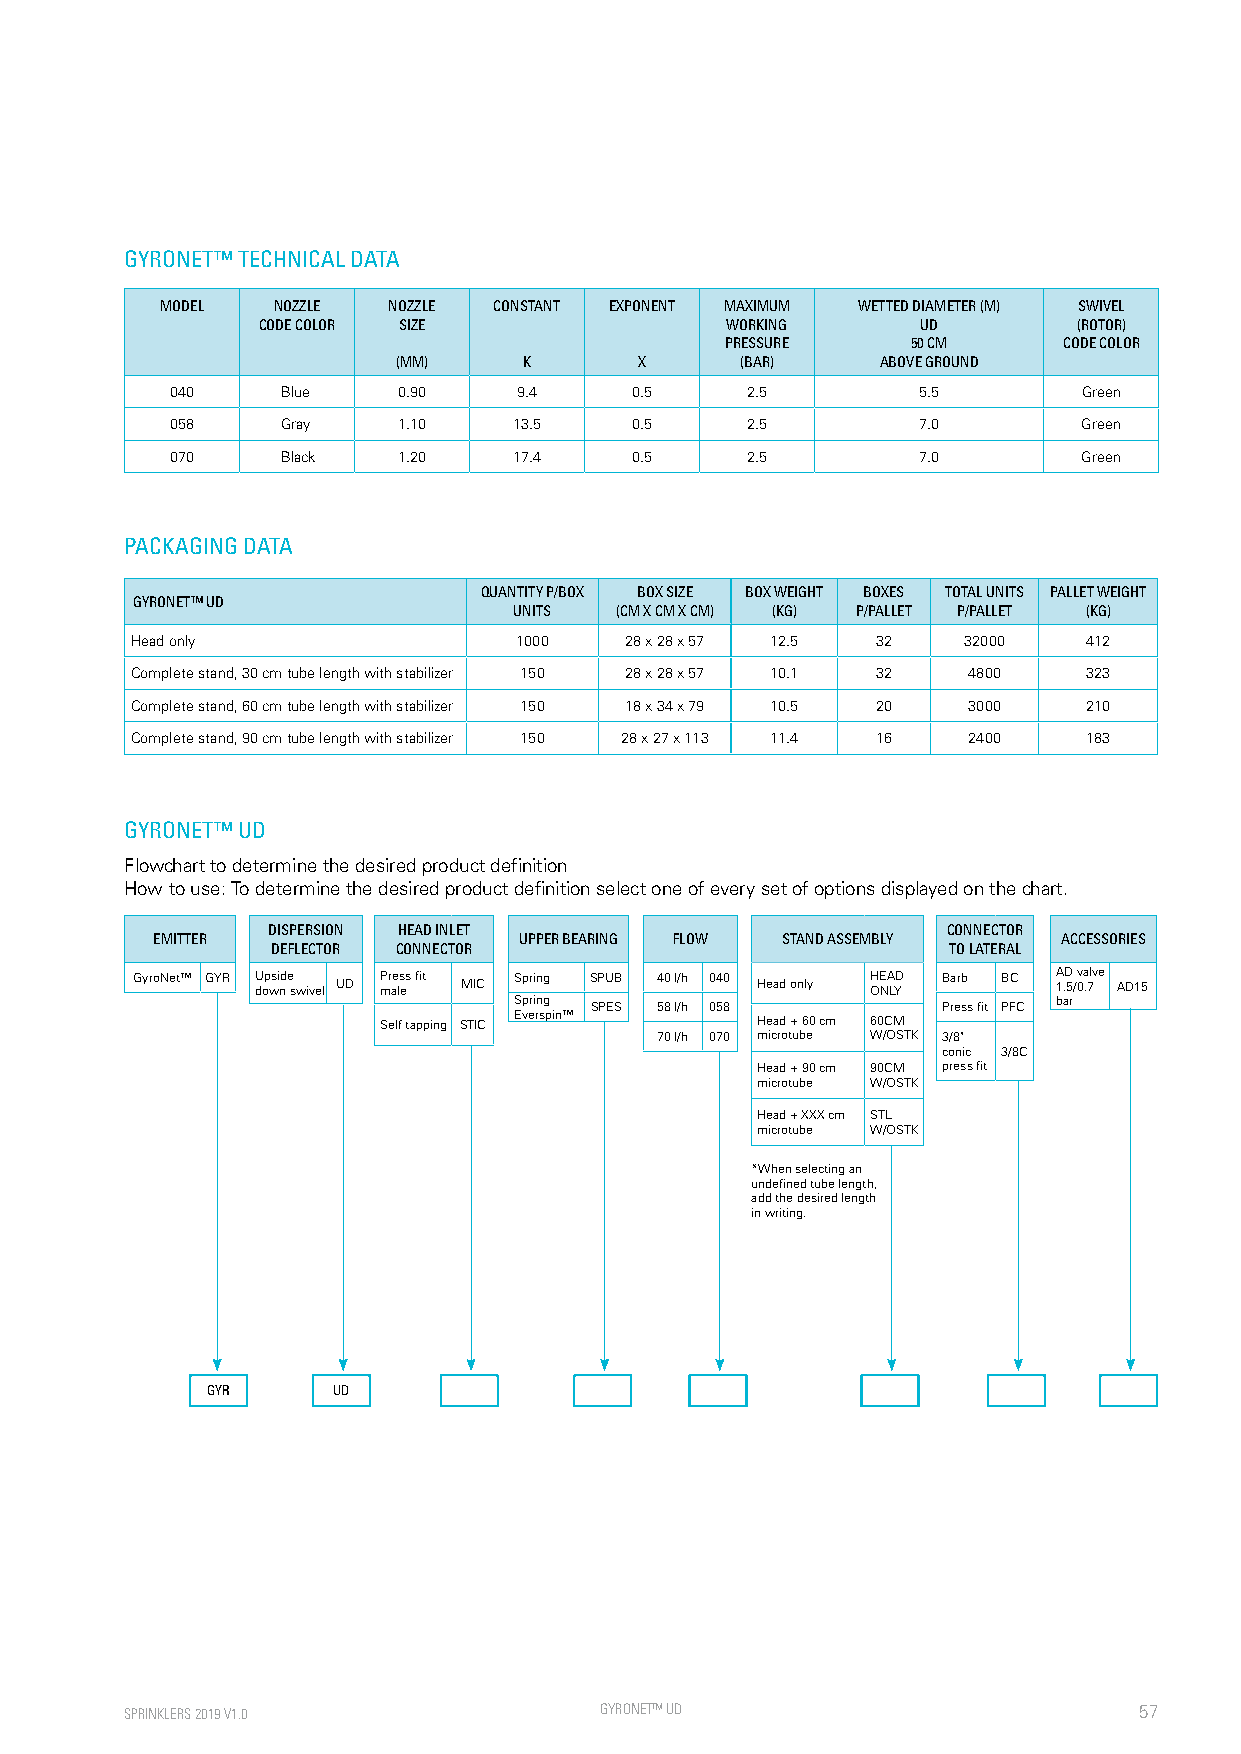
GYRONET™ TECHNICAL DATA
 MODEL  NOZZLE  NOZZLE CONSTANT EXPONENT MAXIMUM WETTED DIAMETER (M) SWIVEL
 CODE COLOR SIZE                WORKING      UD        (ROTOR)
 PRESSURE    50 CM     CODE COLOR
 (MM)     K      X      (BAR)    ABOVE GROUND
 040     Blue   0.90    9.4     0.5    2.5         5.5        Green
 058     Gray   1.10    13.5    0.5    2.5         7.0        Green
 070     Black  1.20    17.4    0.5    2.5         7.0        Green
 PACKAGING DATA
 QUANTITY P/BOX BOX SIZE BOX WEIGHT BOXES TOTAL UNITS PALLET WEIGHT
 GYRONET™ UD
 UNITS  (CM X CM X CM) (KG) P/PALLET P/PALLET (KG)
 Head only                1000   28 x 28 x 57 12.5 32   32000   412
 Complete stand, 30 cm tube length with stabilizer 150 28 x 28 x 57 10.1 32 4800 323
 Complete stand, 60 cm tube length with stabilizer 150 18 x 34 x 79 10.5 20 3000 210
 Complete stand, 90 cm tube length with stabilizer 150 28 x 27 x 113 11.4 16 2400 183
 GYRONET™ UD
 Flowchart to determine the desired product definition
 How to use: To determine the desired product definition select one of every set of options displayed on the chart.
 DISPERSION HEAD INLET                        CONNECTOR
 EMITTER                 UPPER BEARING FLOW STAND ASSEMBLY   ACCESSORIES
 DEFLECTOR CONNECTOR                          TO LATERAL
 GyroNet™ GYR U dop wsi nd e s wivel UD P mr ae ls es fit MIC Spring SPUB 40 l/h 040 Head only H OE NA LYD Barb BC A 1.D 5 /v 0a .7lv e AD15
 Spring SPES 58 l/h 058      Press fit PFC bar
 Self tapping STIC Everspin™ Head + 60 cm 60CM
 70 l/h 070 microtube W/OSTK 3/8"
 conic 3/8C
 Head + 90 cm 90CM press fit
 microtube W/OSTK
 Head + XXX cm STL
 microtube W/OSTK
 *When selecting an
 undefined tube length,
 add the desired length
 in writing.
 GYR     UD
 SPRINKLERS 2019 V1.0            GYRONE T™ UD                       57